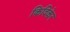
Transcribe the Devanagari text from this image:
किदिकेर